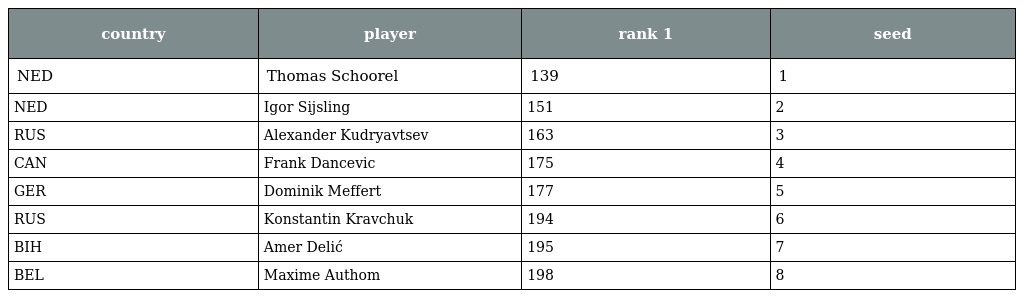
| country | player | rank 1 | seed |
 | --- | --- | --- | --- |
 | NED | Thomas Schoorel | 139 | 1 |
 | NED | Igor Sijsling | 151 | 2 |
 | RUS | Alexander Kudryavtsev | 163 | 3 |
 | CAN | Frank Dancevic | 175 | 4 |
 | GER | Dominik Meffert | 177 | 5 |
 | RUS | Konstantin Kravchuk | 194 | 6 |
 | BIH | Amer Delić | 195 | 7 |
 | BEL | Maxime Authom | 198 | 8 |